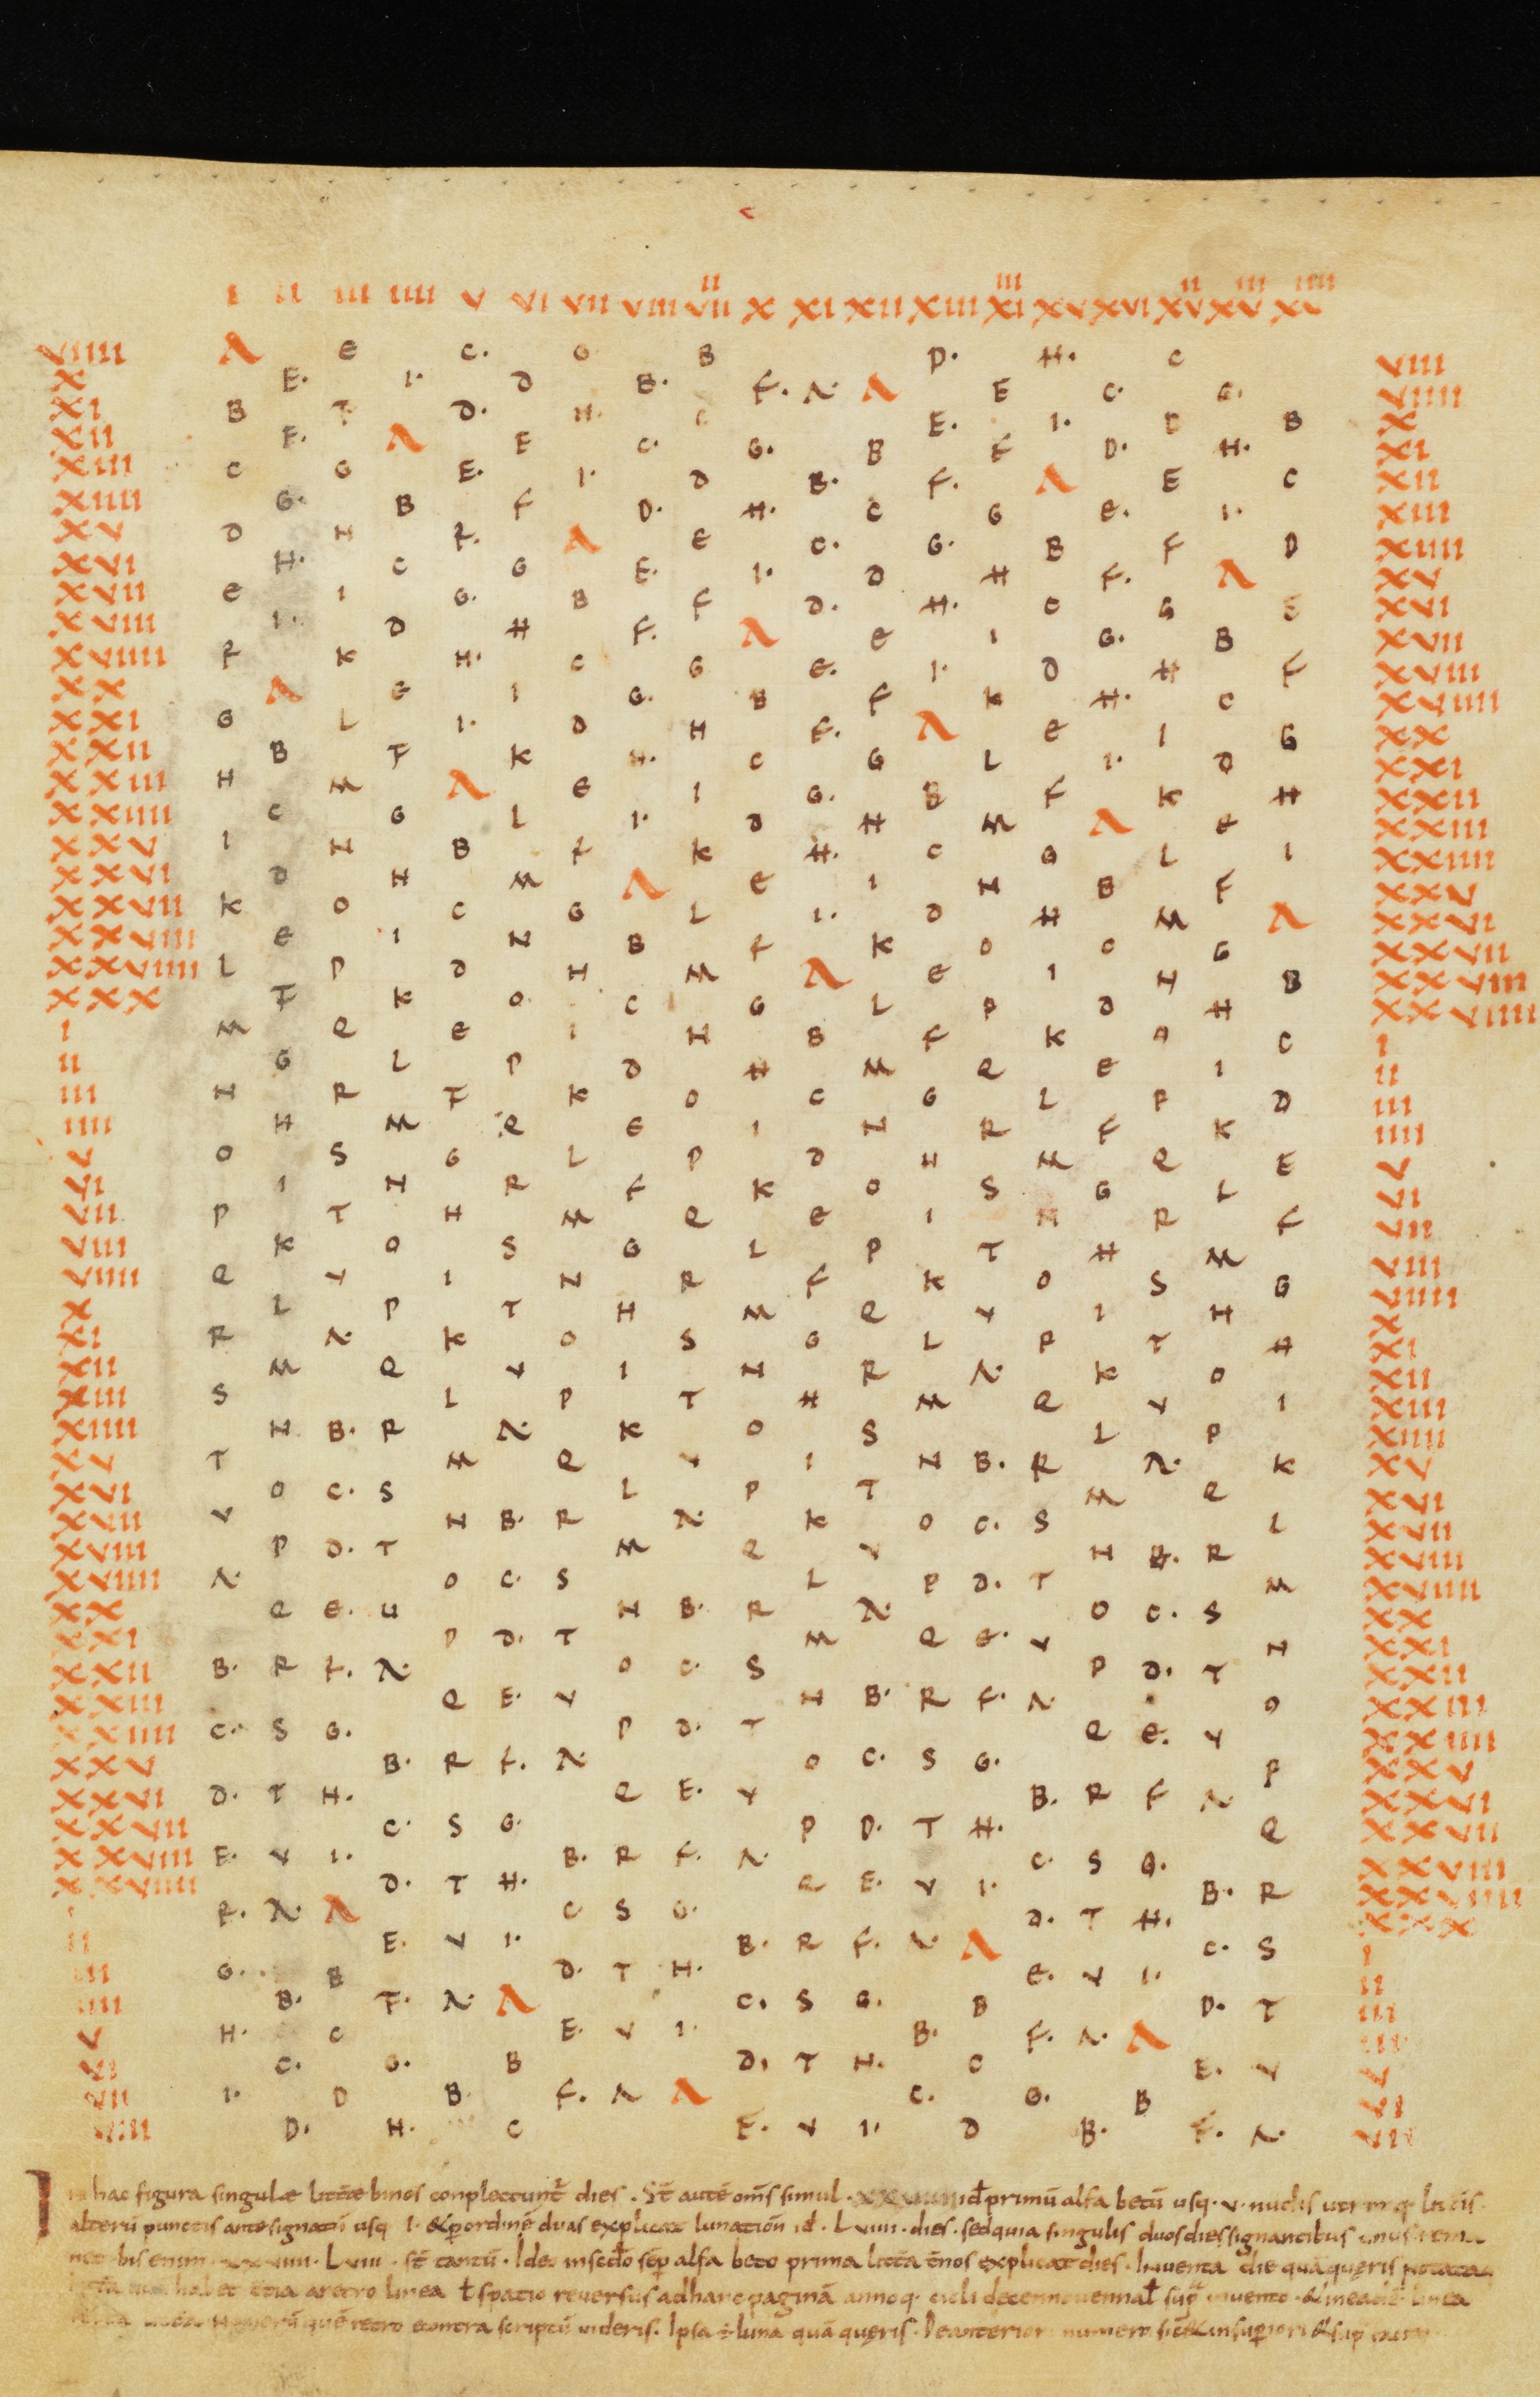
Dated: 821–851